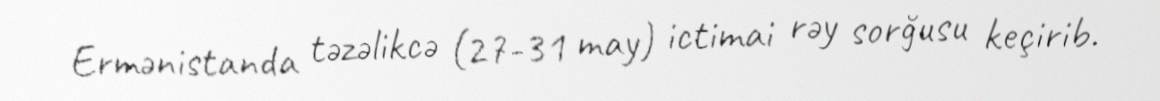
Ermənistanda təzəlikcə (27-31 may) ictimai rəy sorğusu keçirib.